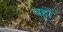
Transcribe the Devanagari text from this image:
चहों